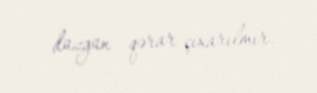
düzgün qərar çıxarılmır.